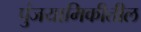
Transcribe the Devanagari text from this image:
पुंजयामिकीतील